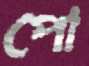
পো